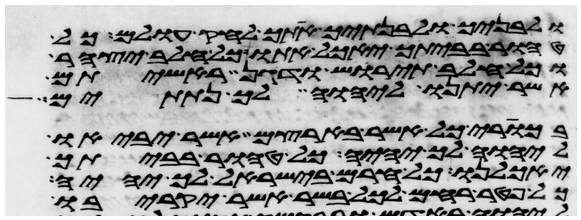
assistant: ולבניך ולבנתיך אתך לחק עולם כל
טהור בביתך יאכל אתו כל חלב יצהר
וכל חלב תירש ודגן ראשיתם
אשר יתנו ליהוה לך נתתים
בכורי כל אשר בארצם אשר יביאו
ליהוה לך יהיה כל טהור בביתך
יאכלנו כל חרם בישראל לך יהיה
כל פטר רחם לכל בשר אשר יקריבו